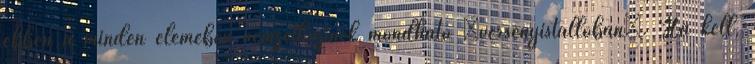
ebben a minden elemében nemzetközinek mondható „versenyistállóban”. Ha kell,